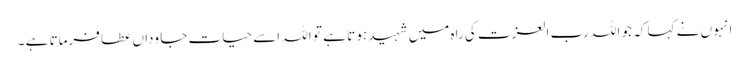
انہو ں نے کہا کہ جو اللہ رب العزت کی راہ میں شہید ہو تا ہے تو اللہ اسے حیات جا وداں عطا فرماتا ہے ۔